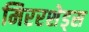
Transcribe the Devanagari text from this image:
मिररशेड्स